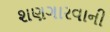
શણગારવાની